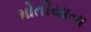
મોતીયાના